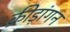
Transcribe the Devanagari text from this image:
क्रीड़ांगन